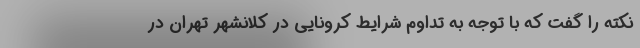
نکته را گفت که با توجه به تداوم شرایط کرونایی در کلانشهر تهران در